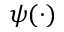
\psi ( \cdot )